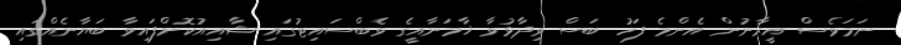
ނަމަވެސް އީރާނުން އެންމެ ފަހު ބަސް ވިދާޅުވާ ޚާމަނާއީގެ ވެބްސައިޓުގައި ޝާއިއުކޮށްފައިވާ ބަޔާނެއްގައި